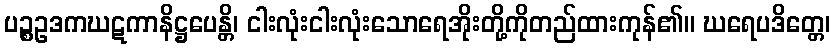
ပဉ္စဥဒကဃဋကာနိဋ္ဌပေန္တိ၊ ငါးလုံးငါးလုံးသောရေအိုးတို့ကိုတည်ထားကုန်၏။ ဃရေပဒိတ္တေ၊